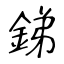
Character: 銻